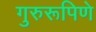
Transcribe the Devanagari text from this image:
गुरुरूपिणे